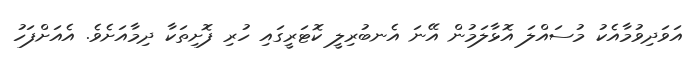
އަވަދިވުމާއެކު މުސައްލަ އޮޅާލަމުން އޭނަ އެނބުރިލީ ކޮޓަރީގައި ހުރި ފޮށިތަކާ ދިމާއަށެވެ. އެއަށްފަހު